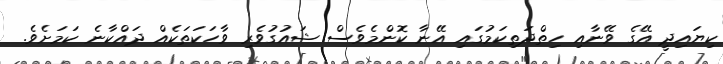
ކިޔައިދީ އޭގެ ވޭނާއި ހިތްދަތިކަމުގައި އޭނާ ކޮންމެވެސް ޝައުގުވެރި ވާހަކަތަކެއް ދައްކާނެ ކަމަށެވެ.